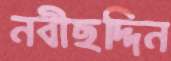
নবীছদ্দিন